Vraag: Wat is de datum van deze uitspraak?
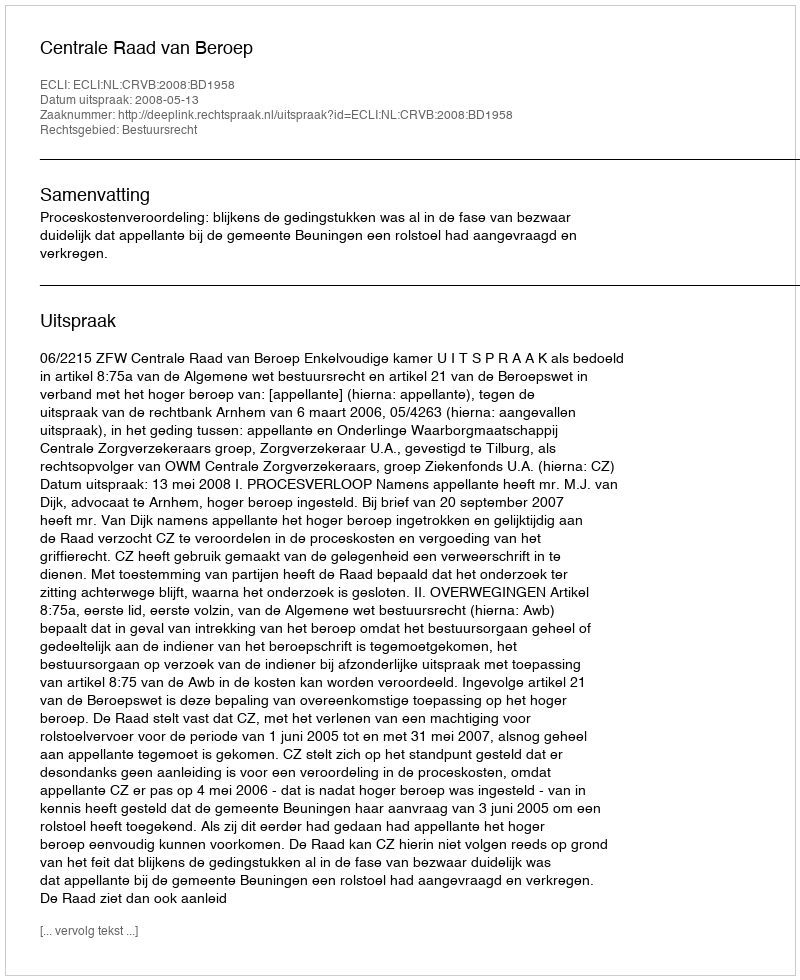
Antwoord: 2008-05-13